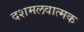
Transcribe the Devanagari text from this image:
दशमलवात्मक